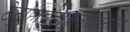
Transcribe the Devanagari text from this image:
टेट्राहाइड्रोकैनाबिनॉल